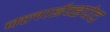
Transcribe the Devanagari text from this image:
क्लाईव्हपेट